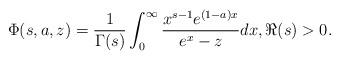
LaTeX: \begin{align*}\Phi (s,a,z) = \frac{1}{\Gamma (s)} \int_0^\infty \frac{x^{s-1} e^{(1-a)x}}{e^x-z} dx, \Re (s) >0. \end{align*}